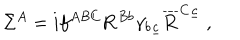
\Sigma ^ { A } = i f ^ { A B C } { \bf R } ^ { B b } \gamma _ { b \underline { { c } } } \overline { { { \bf R } } } ^ { C \underline { { c } } } \ ,